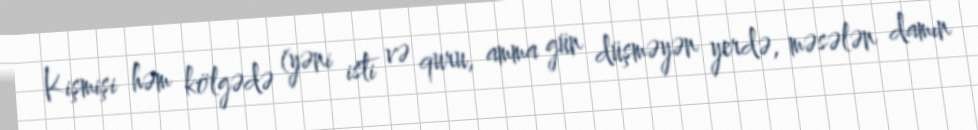
Kişmişi həm kölgədə (yəni isti və quru, amma gün düşməyən yerdə, məsələn damın